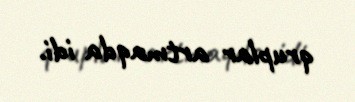
qruplar artmaqda idi.